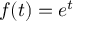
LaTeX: f ( t ) = e ^ { t }